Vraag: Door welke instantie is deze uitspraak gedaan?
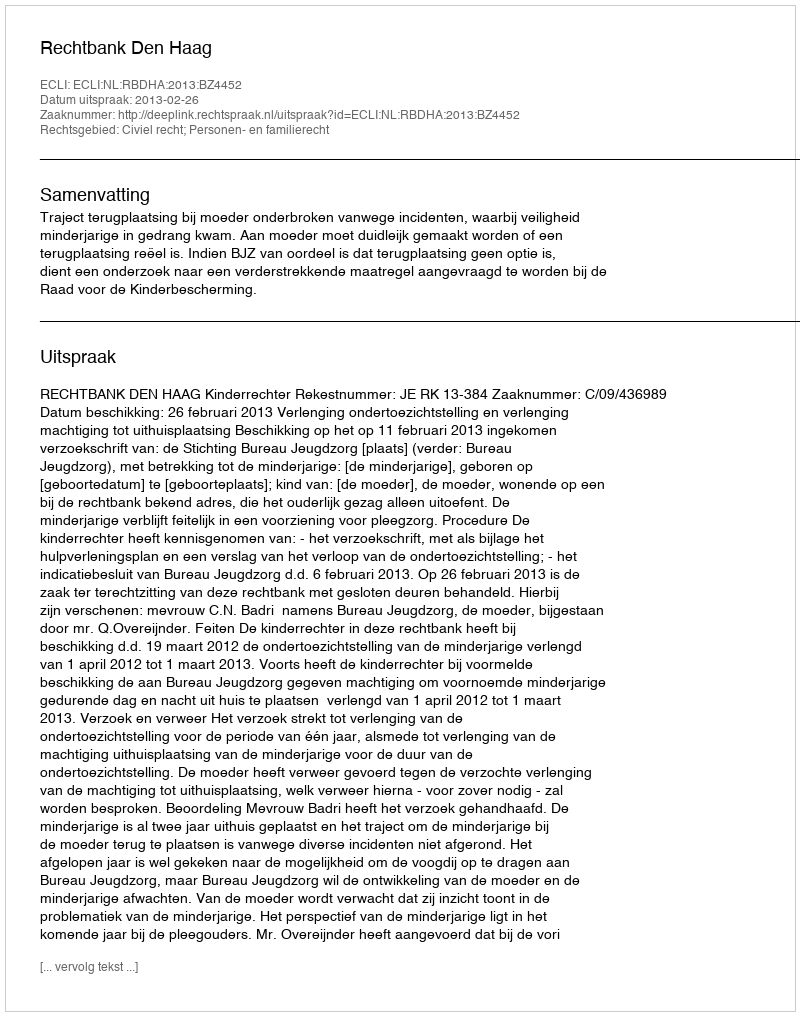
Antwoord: Rechtbank Den Haag